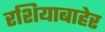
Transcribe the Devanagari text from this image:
रशियाबाहेर